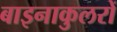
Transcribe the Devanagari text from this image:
बाइनाकुलरों